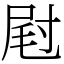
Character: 屗